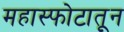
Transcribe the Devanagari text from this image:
महास्फोटातून